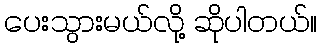
ပေးသွားမယ်လို့ ဆိုပါတယ်။